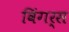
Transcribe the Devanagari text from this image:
विंगर्स